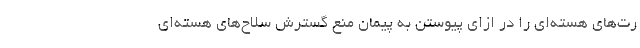
رت‌های هسته‌ای را در ازای پیوستن به پیمان منع گسترش سلاح‌های هسته‌ای